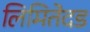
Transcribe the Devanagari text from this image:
लिमितेदड